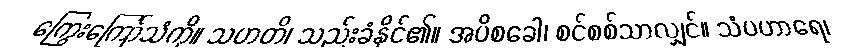
ကြွေးကြော်သံကို။ သဟတိ၊ သည်းခံနိုင်၏။ အပိစခေါ၊ စင်စစ်သာလျှင်။ သံပဟာရေ၊